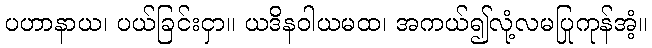
ပဟာနာယ၊ ပယ်ခြင်းငှာ။ ယဒိနဝါယမထ၊ အကယ်၍လုံ့လမပြုကုန်အံ့။